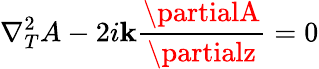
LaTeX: \nabla_{T}^{2}A-2i\mathbf{k}{\frac{{\partialA}}{{\partialz}}}=0